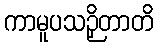
ကာမူပသဉှိတာတိ